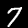
Label: 7